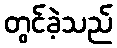
တွင်ခဲ့သည်